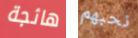
هائجة نحبهم